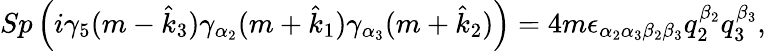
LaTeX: Sp\left({i\gamma_{5}(m-\hat{k}_{3})\gamma_{\alpha_{2}}(m+\hat{k}_{1})\gamma_{\alpha_{3}}(m+\hat{k}_{2})}\right)=4m\epsilon_{\alpha_{2}\alpha_{3}\beta_{2}\beta_{3}}q_{2}^{\beta_{2}}q_{3}^{\beta_{3}},